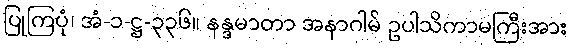
ပြုကြပုံ၊ အံ-၁-ဋ္ဌ-၃၃၆။ နန္ဒမာတာ အနာဂါမ် ဥပါသိကာမကြီးအား